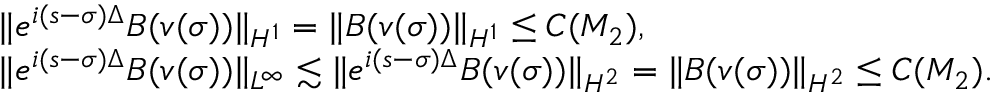
\begin{array} { r l } & { \| e ^ { i ( s - \sigma ) \Delta } B ( v ( \sigma ) ) \| _ { H ^ { 1 } } = \| B ( v ( \sigma ) ) \| _ { H ^ { 1 } } \leq C ( M _ { 2 } ) , } \\ & { \| e ^ { i ( s - \sigma ) \Delta } B ( v ( \sigma ) ) \| _ { L ^ { \infty } } \lesssim \| e ^ { i ( s - \sigma ) \Delta } B ( v ( \sigma ) ) \| _ { H ^ { 2 } } = \| B ( v ( \sigma ) ) \| _ { H ^ { 2 } } \leq C ( M _ { 2 } ) . } \end{array}